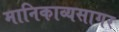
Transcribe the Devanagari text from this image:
मानिकाव्यसागर